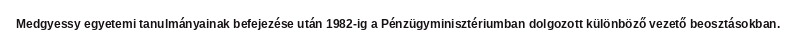
Medgyessy egyetemi tanulmányainak befejezése után 1982-ig a Pénzügyminisztériumban dolgozott különböző vezető beosztásokban.